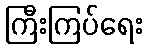
ကြီးကြပ်ရေး